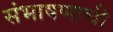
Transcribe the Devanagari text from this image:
संभाषणाची